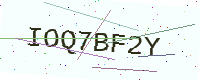
Text: IOQ7BF2Y